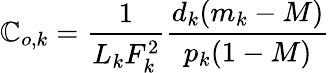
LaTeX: \mathbb{C}_{o,k}=\frac{{1}}{{L_{k}F_{k}^{2}}}\frac{{d_{k}(m_{k}-M)}}{{p_{k}(1-M)}}